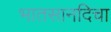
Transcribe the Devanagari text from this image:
भातसानदिचा